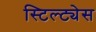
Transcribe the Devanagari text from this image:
स्टिल्ट्येस